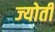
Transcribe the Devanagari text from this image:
ज्‍योती